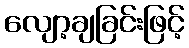
လျော့ချခြင်းဖြင့်